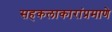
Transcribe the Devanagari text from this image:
सहकलाकारांप्रमाणे